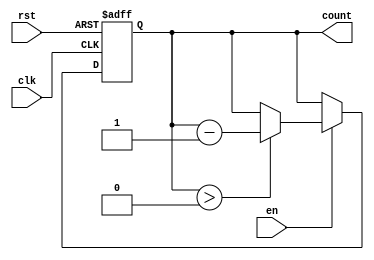
module down_counter #(
    parameter N = 8 // Parameter for the bit width of the counter
)(
    input wire clk,       // Clock signal
    input wire rst,       // Asynchronous reset signal
    input wire en,        // Enable signal
    output reg [N-1:0] count // n-bit output count
);

    // Initial value for the counter
    reg [N-1:0] initial_value = 8'hFF; // Example initial value (255 for an 8-bit counter)

    // Asynchronous reset and synchronous counting
    always @(posedge clk or posedge rst) begin
        if (rst) begin
            count <= initial_value; // Reset to initial value
        end else if (en) begin
            if (count > 0) begin
                count <= count - 1; // Decrement the counter
            end
            // If count is already 0, it holds at 0
        end
    end

endmodule